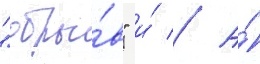
"обры́в" и́ // А́